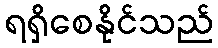
ရရှိစေနိုင်သည်